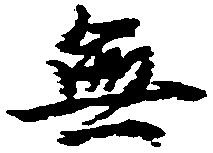
無